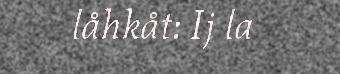
låhkåt: Ij la